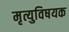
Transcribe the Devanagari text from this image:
मृत्युविषयक